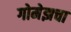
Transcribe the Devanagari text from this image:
गोमेझचा